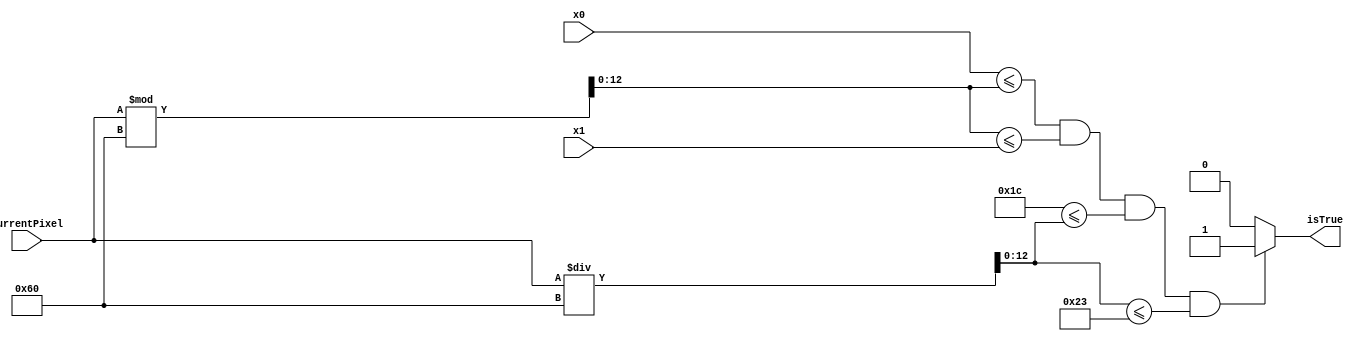
`timescale 1ns / 1ps
//////////////////////////////////////////////////////////////////////////////////
// Company: 
// Engineer: 
// 
// Design Name: 
// Module Name: white_box
// Project Name: 
// Target Devices: 
// Tool Versions: 
// Description: 
// 
// Dependencies: 
// 
// Revision:
// Revision 0.01 - File Created
// Additional Comments:
// 
//////////////////////////////////////////////////////////////////////////////////


module white_box(input [12:0]currentPixel, input [12:0]x0, input [12:0]x1, output isTrue);
    
    wire [12:0]currentX;
    wire [12:0]currentY;
    assign currentX = currentPixel % 96;
    assign currentY = currentPixel / 96;
    assign isTrue = (x0 <= currentX && currentX <= x1 && 28 <= currentY && currentY <= 35) ? 1 : 0;
    
endmodule